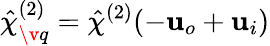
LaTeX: \hat{\mathbf{\chi}}_{\v q}^{(2)}=\hat{\chi}^{(2)}(-\mathbf{u}_{o}+\mathbf{u}_{i})